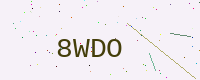
Text: 8WDO